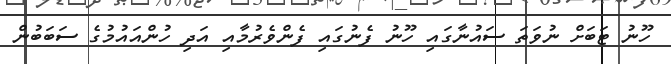
ހޫނު ޓަބަށް ނުވަތަ ސައުނާގައި ހޫނު ފެނުގައި ފެންވެރުމާއި އަދި ހުންއައުމުގެ ސަބަބުން